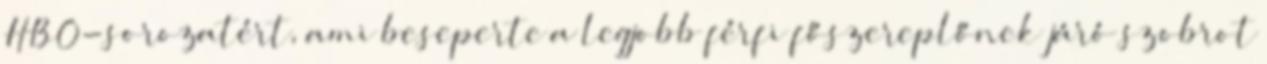
HBO-sorozatért, ami beseperte a legjobb férfi főszereplőnek járó szobrot